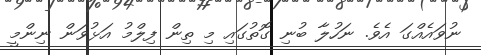
ނުވައެއްގަ އެވެ. ނަހުލާ ބުނި ގޮތުގައި މި ތިން ފިލްމު އަޅުވަން ނިންމީ